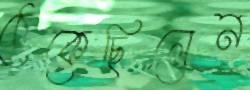
ঠেকেছিলেন